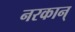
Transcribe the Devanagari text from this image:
नरकान्